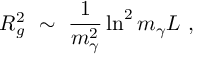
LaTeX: R _ { g } ^ { 2 } \ \sim \ \frac 1 { m _ { \gamma } ^ { 2 } } \ln ^ { 2 } m _ { \gamma } L \ ,